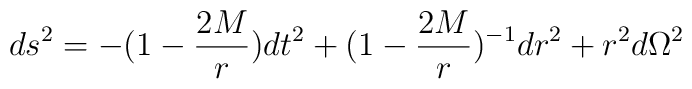
ds^2=-(1-{2M\over r})dt^2+ (1-{2M\over r})^{-1}dr^2 +r^2d\Omega^2